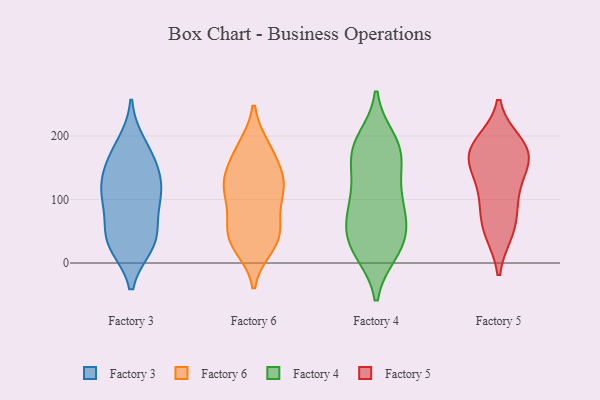
{"axis": {"x": "Shipments", "y": "Value"}, "legend": ["Factory 3", "Factory 4", "Factory 5", "Factory 6"], "data": [{"x": "", "y": 188, "type": "Factory 3"}, {"x": "", "y": 110, "type": "Factory 3"}, {"x": "", "y": 101, "type": "Factory 3"}, {"x": "", "y": 145, "type": "Factory 3"}, {"x": "", "y": 133, "type": "Factory 3"}, {"x": "", "y": 174, "type": "Factory 3"}, {"x": "", "y": 28, "type": "Factory 3"}, {"x": "", "y": 54, "type": "Factory 3"}, {"x": "", "y": 155, "type": "Factory 3"}, {"x": "", "y": 29, "type": "Factory 3"}, {"x": "", "y": 31, "type": "Factory 3"}, {"x": "", "y": 43, "type": "Factory 3"}, {"x": "", "y": 108, "type": "Factory 3"}, {"x": "", "y": 97, "type": "Factory 3"}, {"x": "", "y": 46, "type": "Factory 6"}, {"x": "", "y": 47, "type": "Factory 6"}, {"x": "", "y": 86, "type": "Factory 6"}, {"x": "", "y": 115, "type": "Factory 6"}, {"x": "", "y": 182, "type": "Factory 6"}, {"x": "", "y": 172, "type": "Factory 6"}, {"x": "", "y": 26, "type": "Factory 6"}, {"x": "", "y": 133, "type": "Factory 6"}, {"x": "", "y": 129, "type": "Factory 6"}, {"x": "", "y": 37, "type": "Factory 6"}, {"x": "", "y": 65, "type": "Factory 6"}, {"x": "", "y": 137, "type": "Factory 6"}, {"x": "", "y": 113, "type": "Factory 6"}, {"x": "", "y": 119, "type": "Factory 6"}, {"x": "", "y": 180, "type": "Factory 6"}, {"x": "", "y": 32, "type": "Factory 6"}, {"x": "", "y": 125, "type": "Factory 4"}, {"x": "", "y": 48, "type": "Factory 4"}, {"x": "", "y": 23, "type": "Factory 4"}, {"x": "", "y": 182, "type": "Factory 4"}, {"x": "", "y": 194, "type": "Factory 4"}, {"x": "", "y": 77, "type": "Factory 4"}, {"x": "", "y": 85, "type": "Factory 4"}, {"x": "", "y": 19, "type": "Factory 4"}, {"x": "", "y": 173, "type": "Factory 4"}, {"x": "", "y": 27, "type": "Factory 4"}, {"x": "", "y": 17, "type": "Factory 4"}, {"x": "", "y": 124, "type": "Factory 4"}, {"x": "", "y": 151, "type": "Factory 4"}, {"x": "", "y": 67, "type": "Factory 4"}, {"x": "", "y": 182, "type": "Factory 4"}, {"x": "", "y": 93, "type": "Factory 4"}, {"x": "", "y": 55, "type": "Factory 4"}, {"x": "", "y": 181, "type": "Factory 4"}, {"x": "", "y": 118, "type": "Factory 5"}, {"x": "", "y": 108, "type": "Factory 5"}, {"x": "", "y": 161, "type": "Factory 5"}, {"x": "", "y": 50, "type": "Factory 5"}, {"x": "", "y": 170, "type": "Factory 5"}, {"x": "", "y": 180, "type": "Factory 5"}, {"x": "", "y": 77, "type": "Factory 5"}, {"x": "", "y": 51, "type": "Factory 5"}, {"x": "", "y": 188, "type": "Factory 5"}, {"x": "", "y": 157, "type": "Factory 5"}, {"x": "", "y": 178, "type": "Factory 5"}]}